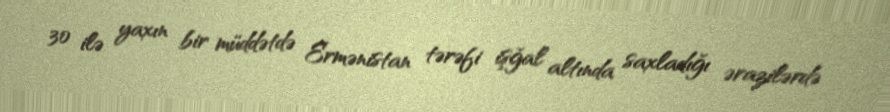
30 ilə yaxın bir müddətdə Ermənistan tərəfi işğal altında saxladığı ərazilərdə